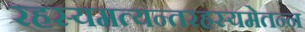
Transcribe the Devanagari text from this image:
रहस्यमत्यन्तरहस्यमेतन्न